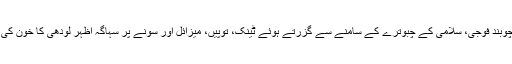
مارچ پاسٹ کرتے ہوئے چاق و چوبند فوجی، سلامی کے چبوترے کے سامنے سے گزرتے ہوئے ٹینک، توپیں، میزائل اور سونے پر سہاگہ اظہر لودھی کا خون کی گردش تیز کرتا ہوا رواں تبصرہ۔